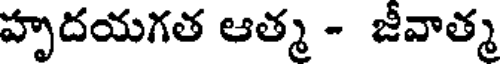
హృదయగత ఆత్మ - జీవాత్మ